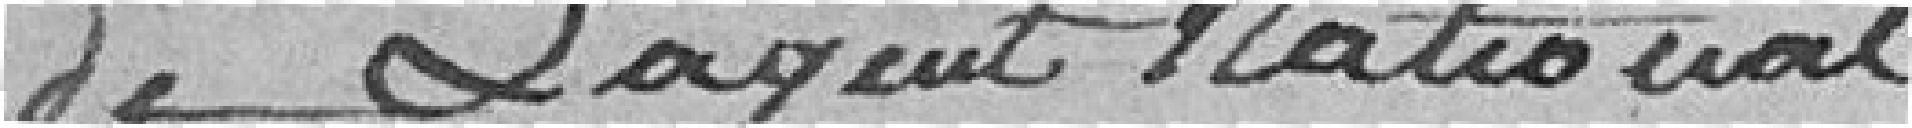
de l'agent national